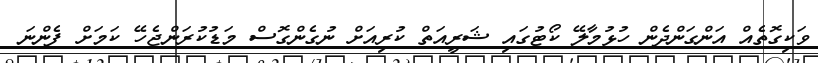
ވަކިގޮތެއް އަންގަންދެން ހުޅުމާލޭ ކޯޓުގައި ޝަރީއަތް ކުރިއަށް ނުގެންގޮސް މަޑުކުރަންޖެހޭ ކަމަށް ފެންނަ